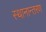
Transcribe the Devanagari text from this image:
स्‍थानान्‍तरण